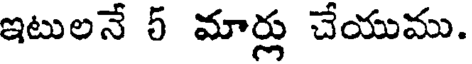
ఇటులనే 5 మార్లు చేయుము.